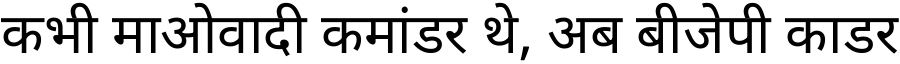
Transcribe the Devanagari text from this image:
कभी माओवादी कमांडर थे, अब बीजेपी काडर